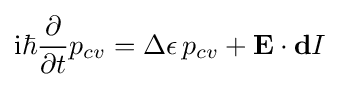
\mathrm {i} \hbar {\frac {\partial }{\partial t}}p_{cv}=\Delta \epsilon \,p_{cv}+{\mathbf {E} }\cdot {\mathbf {d} }I